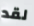
لقد